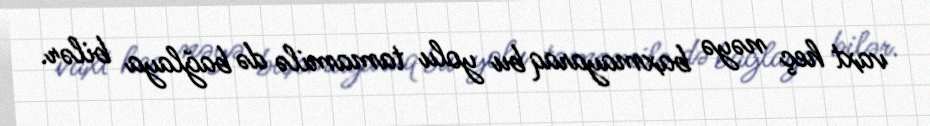
vaxt heç nəyə baxmayaraq bu yolu tamamilə də bağlaya bilər.